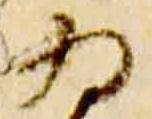
為